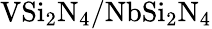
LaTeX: \mathrm{VSi_{2}N_{4}/NbSi_{2}N_{4}}